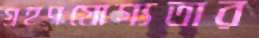
গ্রহণযোগ্যতার